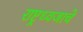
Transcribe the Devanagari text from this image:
राष्ट्रध्वजाचे